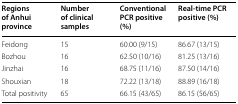
<table><thead><tr><td><b>Regions of Anhui province</b></td><td><b>Number of clinical samples</b></td><td><b>Conventional PCR positive (%)</b></td><td><b>Real-time PCR positive (%)</b></td></tr></thead><tbody><tr><td>Feidong</td><td>15</td><td>60.00 (9/15)</td><td>86.67 (13/15)</td></tr><tr><td>Bozhou</td><td>16</td><td>62.50 (10/16)</td><td>81.25 (13/16)</td></tr><tr><td>Jinzhai</td><td>16</td><td>68.75 (11/16)</td><td>87.50 (14/16)</td></tr><tr><td>Shouxian</td><td>18</td><td>72.22 (13/18)</td><td>88.89 (16/18)</td></tr><tr><td>Total positivity</td><td>65</td><td>66.15 (43/65)</td><td>86.15 (56/65)</td></tr></tbody></table>